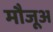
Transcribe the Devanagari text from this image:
मौजूअ